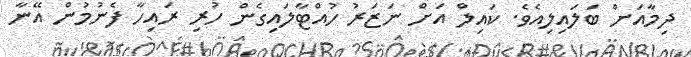
ދިމާއަށް ބަލައިލިއެވެ. ކައިލް އަށް ނަޒަރު ހުއްޓާލައިގެން ހުރި ރައިހާ ފެނުމުން އޭނާ